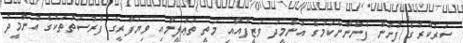
ސަރުކާރުގެ ފުށުން ފެންނާނެކަމުގެ އުންމީދު ވަޒީފާއާއި މަތީ ތަޢުލީމާއި ވިޔަފާރީގެ ފުރުސަތުތަކުގެ އުންމީދު